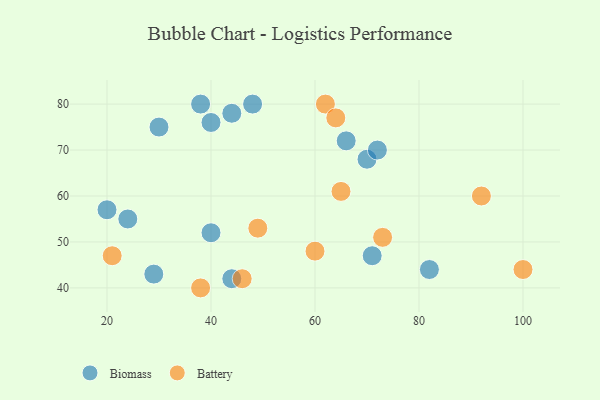
{"axis": {"x": "GDP", "y": "Life Expectancy"}, "legend": ["Battery", "Biomass"], "data": [{"x": "40", "y": 52, "type": "Biomass"}, {"x": "40", "y": 76, "type": "Biomass"}, {"x": "70", "y": 68, "type": "Biomass"}, {"x": "48", "y": 80, "type": "Biomass"}, {"x": "20", "y": 57, "type": "Biomass"}, {"x": "72", "y": 70, "type": "Biomass"}, {"x": "44", "y": 78, "type": "Biomass"}, {"x": "44", "y": 42, "type": "Biomass"}, {"x": "66", "y": 72, "type": "Biomass"}, {"x": "29", "y": 43, "type": "Biomass"}, {"x": "71", "y": 47, "type": "Biomass"}, {"x": "30", "y": 75, "type": "Biomass"}, {"x": "24", "y": 55, "type": "Biomass"}, {"x": "82", "y": 44, "type": "Biomass"}, {"x": "38", "y": 80, "type": "Biomass"}, {"x": "100", "y": 44, "type": "Battery"}, {"x": "49", "y": 53, "type": "Battery"}, {"x": "38", "y": 40, "type": "Battery"}, {"x": "46", "y": 42, "type": "Battery"}, {"x": "21", "y": 47, "type": "Battery"}, {"x": "62", "y": 80, "type": "Battery"}, {"x": "65", "y": 61, "type": "Battery"}, {"x": "73", "y": 51, "type": "Battery"}, {"x": "60", "y": 48, "type": "Battery"}, {"x": "92", "y": 60, "type": "Battery"}, {"x": "64", "y": 77, "type": "Battery"}]}